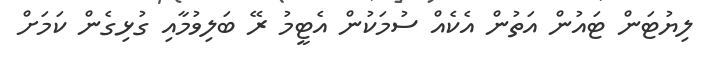
ލިޔުޓަން ޓައުން އަތުން އެކެއް ސުމަކުން އެޓީމު ރޭ ބަލިވުމާއި ގުޅިގެން ކަމަށް